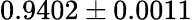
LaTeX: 0.9402\pm 0.0011